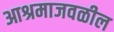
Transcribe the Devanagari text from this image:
आश्रमाजवळील